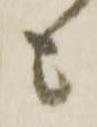
も